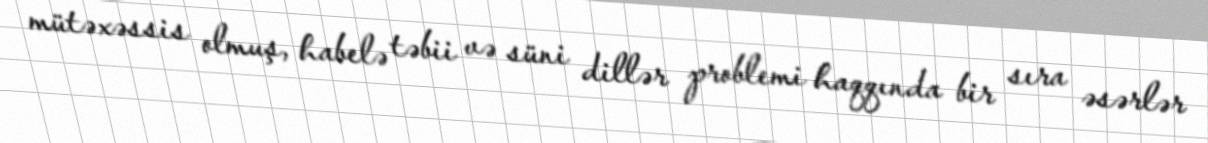
mütəxəssis olmuş, habelə təbii və süni dillər problemi haqqında bir sıra əsərlər